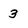
Character: 3